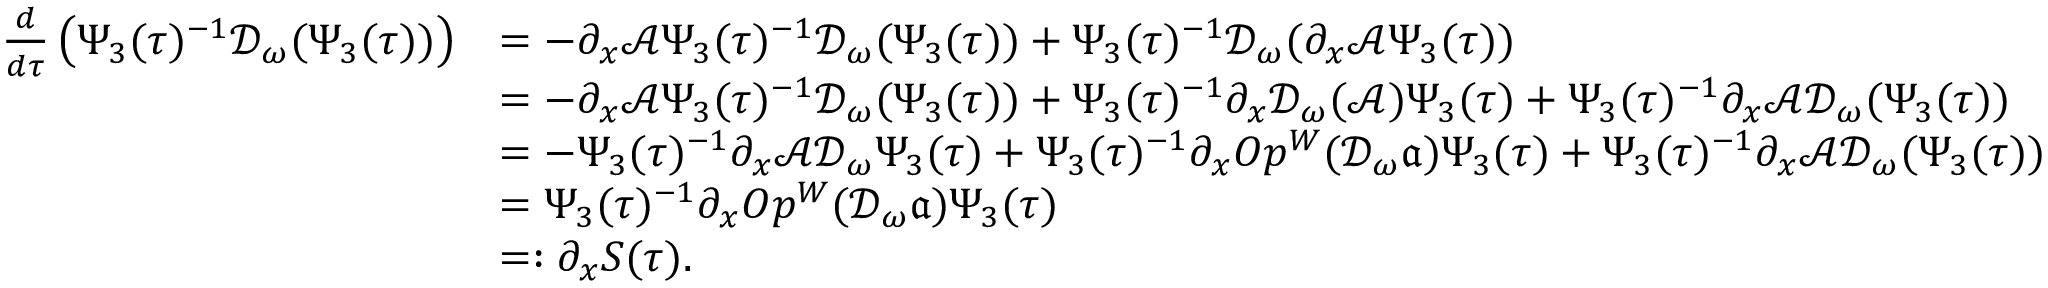
\begin{array} { r l } { \frac { d } { d \tau } \left( \Psi _ { 3 } ( \tau ) ^ { - 1 } \mathcal { D } _ { \omega } ( \Psi _ { 3 } ( \tau ) ) \right) } & { = - \partial _ { x } \mathcal { A } \Psi _ { 3 } ( \tau ) ^ { - 1 } \mathcal { D } _ { \omega } ( \Psi _ { 3 } ( \tau ) ) + \Psi _ { 3 } ( \tau ) ^ { - 1 } \mathcal { D } _ { \omega } ( \partial _ { x } \mathcal { A } \Psi _ { 3 } ( \tau ) ) } \\ & { = - \partial _ { x } \mathcal { A } \Psi _ { 3 } ( \tau ) ^ { - 1 } \mathcal { D } _ { \omega } ( \Psi _ { 3 } ( \tau ) ) + \Psi _ { 3 } ( \tau ) ^ { - 1 } \partial _ { x } \mathcal { D } _ { \omega } ( \mathcal { A } ) \Psi _ { 3 } ( \tau ) + \Psi _ { 3 } ( \tau ) ^ { - 1 } \partial _ { x } \mathcal { A } \mathcal { D } _ { \omega } ( \Psi _ { 3 } ( \tau ) ) } \\ & { = - \Psi _ { 3 } ( \tau ) ^ { - 1 } \partial _ { x } \mathcal { A } \mathcal { D } _ { \omega } \Psi _ { 3 } ( \tau ) + \Psi _ { 3 } ( \tau ) ^ { - 1 } \partial _ { x } O p ^ { W } ( \mathcal { D } _ { \omega } \mathfrak { a } ) \Psi _ { 3 } ( \tau ) + \Psi _ { 3 } ( \tau ) ^ { - 1 } \partial _ { x } \mathcal { A } \mathcal { D } _ { \omega } ( \Psi _ { 3 } ( \tau ) ) } \\ & { = \Psi _ { 3 } ( \tau ) ^ { - 1 } \partial _ { x } O p ^ { W } ( \mathcal { D } _ { \omega } \mathfrak { a } ) \Psi _ { 3 } ( \tau ) } \\ & { = : \partial _ { x } S ( \tau ) . } \end{array}